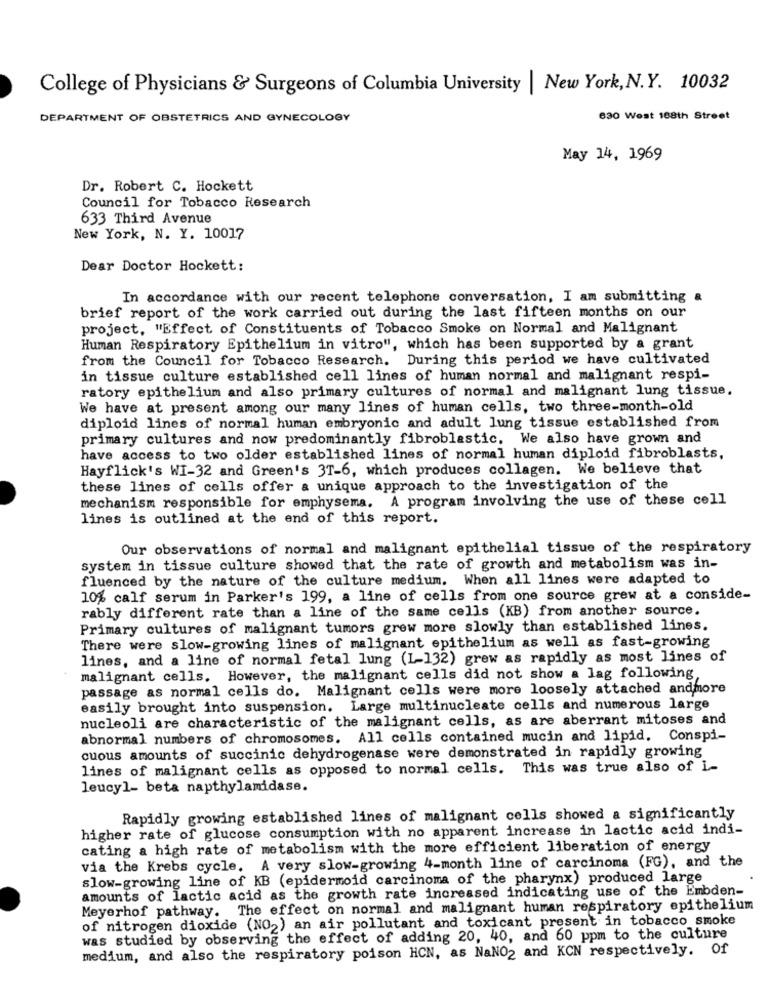
College of Physicians & Surgeons of Columbia University | New York, N.Y. 10032
DEPARTMENT OF OBSTETRICS AND GYNECOLOGY
630 West 188th Street
May 14, 1969
Dr. Robert C. Hockett
Council for Tobacco Research
633 Third Avenue
New York, N. Y. 10017
Dear Doctor Hockett:
In accordance with our recent telephone conversation, I am submitting a
brief report of the work carried out during the last fifteen months on our
project, "Effect of Constituents of Tobacco Smoke on Normal and Malignant
Human Respiratory Epithelium in vitro", which has been supported by a grant
from the Council for Tobacco Research. During this period we have cultivated
in tissue culture established cell lines of human normal and malignant respi-
ratory epithelium and also primary cultures of normal and malignant lung tissue.
We have at present among our many lines of human cells, two three-month-old
diploid lines of normal human embryonic and adult lung tissue established from
primary cultures and now predominantly fibroblastic. We also have grown and
have access to two older established lines of normal human diploid fibroblasts,
Hayflick's WI-32 and Green's 3T-6, which produces collagen. We believe that
these lines of cells offer a unique approach to the investigation of the
mechanism responsible for emphysema. A program involving the use of these cell
lines is outlined at the end of this report.
Our observations of normal and malignant epithelial tissue of the respiratory
system in tissue culture showed that the rate of growth and metabolism was in-
fluenced by the nature of the culture medium. When all lines were adapted to
10% calf serum in Parker's 199, a line of cells from one source grew at a conside-
rably different rate than a line of the same cells (KB) from another source.
Primary cultures of malignant tumors grew more slowly than established lines.
There were slow-growing lines of malignant epithelium as well as fast-growing
lines, and a line of normal fetal lung (1-132) grew as rapidly as most lines of
malignant cells. However, the malignant cells did not show a lag following
passage as normal cells do. Malignant cells were more loosely attached andmore
easily brought into suspension. Large multinucleate cells and numerous large
nucleoli are characteristic of the malignant cells, as are aberrant mitoses and
abnormal numbers of chromosomes. All cells contained mucin and lipid. Conspi-
cuous amounts of succinic dehydrogenase were demonstrated in rapidly growing
lines of malignant cells as opposed to normal cells. This was true also of i-
leucyl- beta napthylamidase.
Rapidly growing established lines of malignant cells showed a significantly
higher rate of glucose consumption with no apparent increase in lactic acid indi-
cating a high rate of metabolism with the more efficient liberation of energy
via the Krebs cycle. A very slow-growing 4-month line of carcinoma (FG), and the
slow-growing line of KB (epidermoid carcinoma of the pharynx) produced large
amounts of lactic acid as the growth rate increased indicating use of the Embden-
Meyerhof pathway. The effect on normal and malignant human respiratory epithelium
of nitrogen dioxide (NO2) an air pollutant and toxicant present in tobacco smoke
was studied by observing the effect of adding 20, 40, and 60 ppm to the culture
medium, and also the respiratory poison HCN, as NaNO2 and KCN respectively. Of